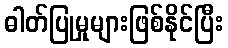
ဓါတ်ပြုမှုများဖြစ်နိုင်ပြီး